Code of medical and sanitary regulations for the guidance of medical officers serving in the Madras Presidency - Volume II
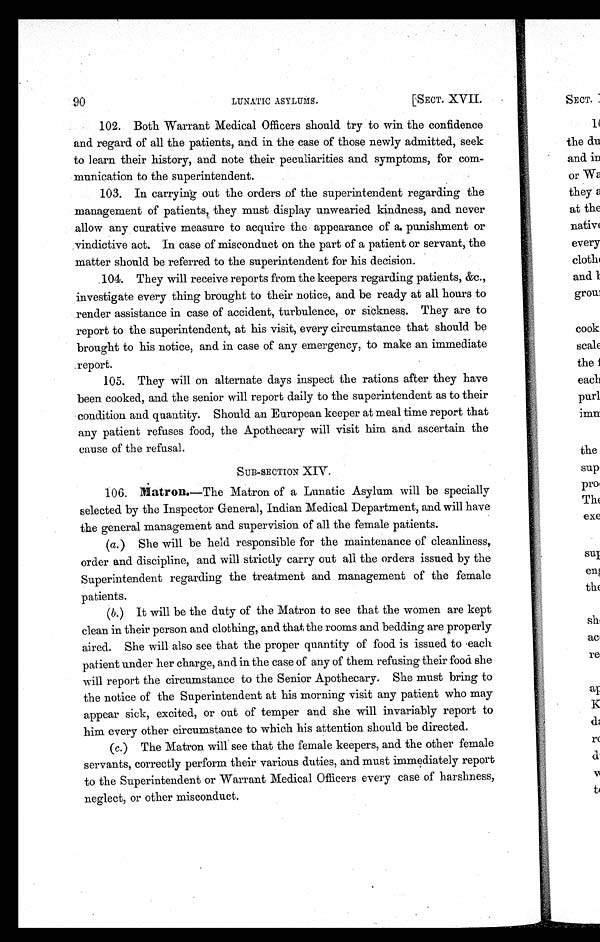
90
LUNATIC ASYLUMS.
[SECT. XVII.
102. Both Warrant Medical Officers should try to win the confidence
and regard of all the patients, and in the case of those newly admitted, seek
to learn their history, and note their peculiarities and symptoms, for com-
munication to the superintendent.
103. In carrying out the orders of the superintendent regarding the
management of patients, they must display unwearied kindness, and never
allow any curative measure to acquire the appearance of a, punishment or
vindictive act. In case of misconduct on the part of a patient or servant, the
matter should be referred to the superintendent for his decision.
104. They will receive reports from the keepers regarding patients, &c.,
investigate every thing brought to their notice, and be ready at all hours to
render assistance in case of accident, turbulence, or sickness. They are to
report to the superintendent, at his visit, every circumstance that should be
brought to his notice, and in case of any emergency, to make an immediate
.report.
105. They will on alternate days inspect the rations after they have
been cooked, and the senior will report daily to the superintendent as to their
condition and quantity. Should an European keeper at meal time report that
any patient refuses food, the Apothecary will visit him and ascertain the
cause of the refusal.
SUB-SECTION XIV.
106. Matron.—The Matron of a Lunatic Asylum will be specially
selected by the Inspector General, Indian Medical Department, and will have
the general management and supervision of all the female patients.
(a.) She will be held responsible for the maintenance of cleanliness,
order and discipline, and will strictly carry out all the orders issued by the
Superintendent regarding the treatment and management of the female
patients.
(b.) It will be the duty of the Matron to see that the women are kept
clean in their person and clothing, and that the rooms and bedding are properly
aired. She will also see that the proper quantity of food is issued to each
patient under her charge, and in the case of any of them refusing their food she
will report the circumstance to the Senior Apothecary. She must bring to
the notice of the Superintendent at his morning visit any patient who may
appear sick, excited, or out of temper and she will invariably report to
him every other circumstance to which his attention should be directed.
(c.) The Matron will see that the female keepers, and the other female
servants, correctly perform their various duties, and must immediately report
to the Superintendent or Warrant Medical Officers every case of harshness,
neglect, or other misconduct.